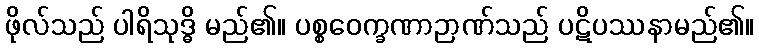
ဖိုလ်သည် ပါရိသုဒ္ဓိ မည်၏။ ပစ္စဝေက္ခဏာဉာဏ်သည် ပဋိပဿနာမည်၏။